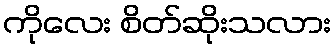
ကိုလေး စိတ်ဆိုးသလား